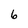
Character: 6